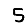
Digit: 5